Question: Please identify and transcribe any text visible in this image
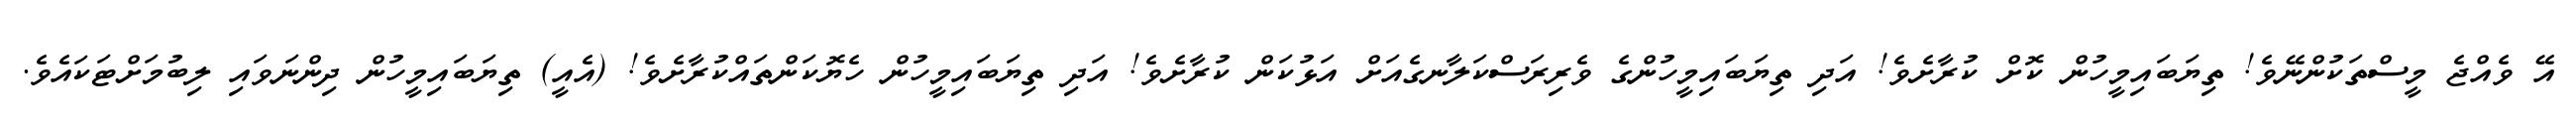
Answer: އޭ ވެއްޖެ މީސްތަކުންނޭވެ! ތިޔަބައިމީހުން ކޮށް ކުރާށެވެ! އަދި ތިޔަބައިމީހުންގެ ވެރިރަސްކަލާނގެއަށް އަޅުކަން ކުރާށެވެ! އަދި ތިޔަބައިމީހުން ހެޔޮކަންތައްކުރާށެވެ! (އެއީ) ތިޔަބައިމީހުން ދިންނަވައި ލިބުމަށްޓަކައެވެ.